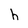
Character: h